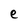
Character: e